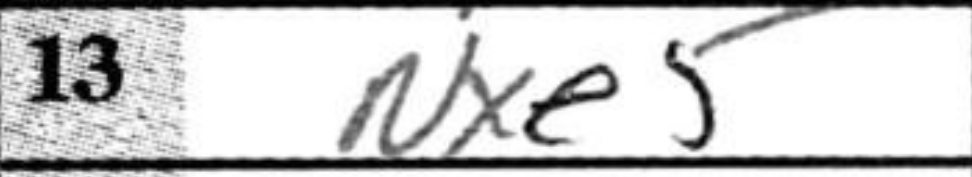
Transcription: Nxe5